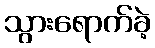
သွားရောက်ခဲ့